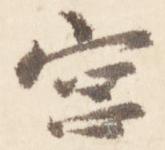
宮